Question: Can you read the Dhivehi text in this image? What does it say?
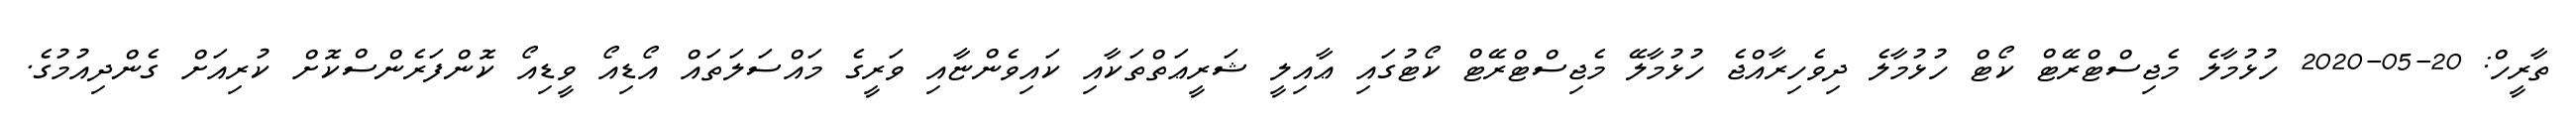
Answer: ތާރީހް: 20-05-2020 ހުޅުމާލެ މެޖިސްޓްރޭޓް ކޯޓް ހުޅުމާލެ ދިވެހިރާއްޖެ ހުޅުމާލޭ މެޖިސްޓްރޭޓް ކޯޓުގައި ޢާއިލީ ޝަރީޢަތްތަކާއި ކައިވެންޏާއި ވަރީގެ މައްސަލަތައް އޯޑިއޯ ވީޑިއޯ ކޮންފަރެންސްކޮށް ކުރިއަށް ގެންދިއުމުގެ.